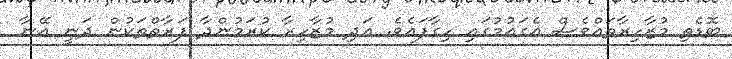
ބޮޑެތި މުޒާހިރާތައްވެސް އެގައުމުގައި ހިގާފައެވެ. އަދި މުޒާހިރާ ކުރަމުންދާ ފަރާތްތަކުން ދަނީ އޭނާ